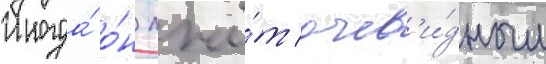
Иногда́ о́н лжё́т очев'и́дным